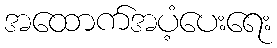
အထောက်အပံ့ပေးရေး